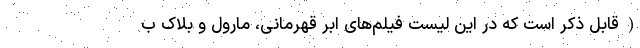
(قابل ذکر است که در این لیست فیلم‌های ابر قهرمانی، مارول و بلاک ب